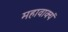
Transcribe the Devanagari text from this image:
महावाक्यं